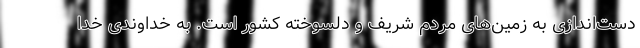
دست‌اندازی به زمین‌های مردم شریف و دلسوخته کشور است. به خداوندی خدا